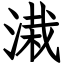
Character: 溨